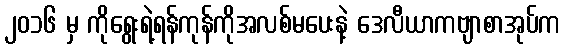
၂၀၁၆ မှ ကိုရွေးရဲ့ရန်ကုန်ကိုအလစ်မပေးနဲ့ ဒေလီယာကဗျာစာအုပ်က